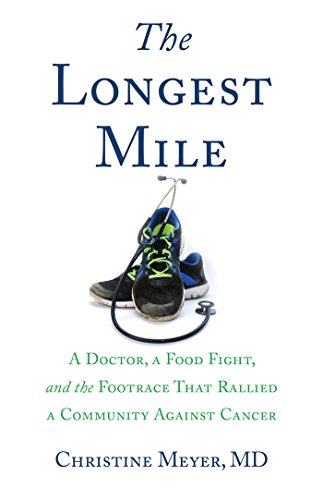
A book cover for The Longest Mile: A Doctor, a Food Fight, and the Footrace that Rallied a Community Against Cancer; Christine Meyer MD; Cookbooks, Food & Wine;